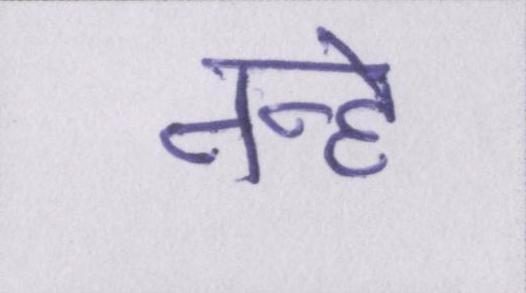
नन्हे